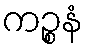
ကဉ္စနံ